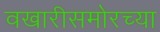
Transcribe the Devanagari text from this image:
वखारीसमोरच्या